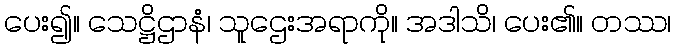
ပေး၍။ သေဋ္ဌိဌာနံ၊ သူဌေးအရာကို။ အဒါသိ၊ ပေး၏။ တဿ၊